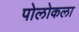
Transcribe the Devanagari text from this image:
पोलोकला